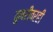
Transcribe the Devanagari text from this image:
तुमरीवरही